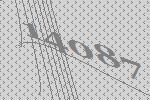
14087